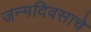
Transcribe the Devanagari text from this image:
जन्मदिवसाचे